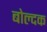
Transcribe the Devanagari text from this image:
बोल्दक